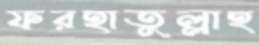
ফরহাতুল্লাহ